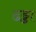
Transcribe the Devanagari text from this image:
ढड्ढा